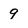
Character: 9